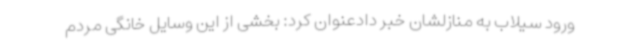
ورود سیلاب به منازلشان خبر دادعنوان کرد: بخشی از این وسایل خانگی مردم